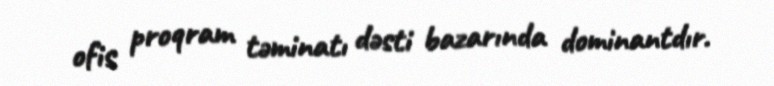
ofis proqram təminatı dəsti bazarında dominantdır.